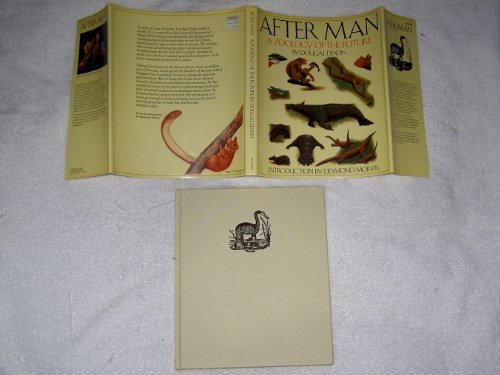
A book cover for After Man: A Zoology of the Future; Dougal Dixon; Science & Math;